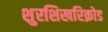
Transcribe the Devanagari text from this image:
शुरशिखरिक्रोड